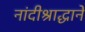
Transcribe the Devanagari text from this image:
नांदीश्राद्धानें